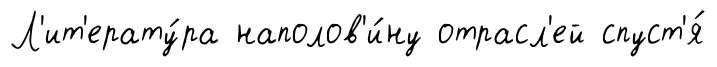
Л'ит'ерату́ра наполов'и́ну отрасл'ей спуст'я́